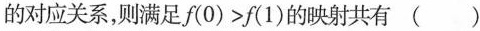
的对应关系，则满足$$f(0)>f(1)$$的映射共有 ()